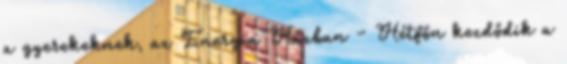
a gyerekeknek, az Energia Házban - Hétfőn kezdődik a